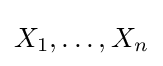
\displaystyle X_{1},\ldots ,X_{n}